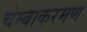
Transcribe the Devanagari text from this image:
चेम्बाकरमण